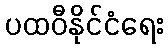
ပထဝီနိုင်ငံရေး